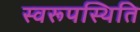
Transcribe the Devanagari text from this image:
स्वरूपस्थिति